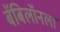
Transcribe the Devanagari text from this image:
बॅबिलॉनला